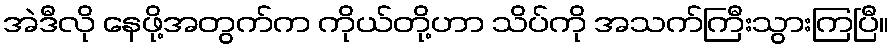
အဲဒီလို နေဖို့အတွက်က ကိုယ်တို့ဟာ သိပ်ကို အသက်ကြီးသွားကြပြီ။